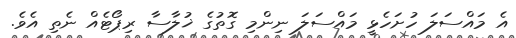
އެ މައްސަލަ ހުށަހެޅީ މައްސަލަ ނިންމި ގޮތުގެ ޚުލާސާ ރިޕޯޓެއް ނެތި އެވެ.